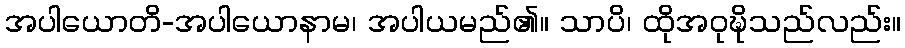
အပါယောတိ-အပါယောနာမ၊ အပါယမည်၏။ သာပိ၊ ထိုအဝုဍ္ဎိသည်လည်း။